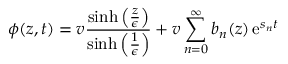
\phi ( z , t ) = v \frac { \sinh \left( \frac { z } { \epsilon } \right) } { \sinh \left( \frac { 1 } { \epsilon } \right) } + v \sum _ { n = 0 } ^ { \infty } b _ { n } ( z ) \operatorname { e } ^ { s _ { n } t }